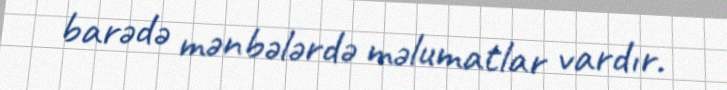
barədə mənbələrdə məlumatlar vardır.